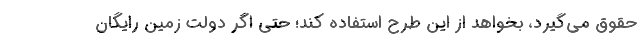
حقوق می‌گیرد، بخواهد از این طرح استفاده کند؛ حتی اگر دولت زمین رایگان